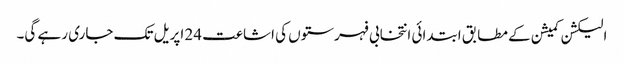
الیکشن کمیشن کے مطابق ابتدائی انتخابی فہرستوں کی اشاعت 24 اپریل تک جاری رہے گی۔